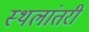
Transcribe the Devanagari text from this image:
स्थलांतरी